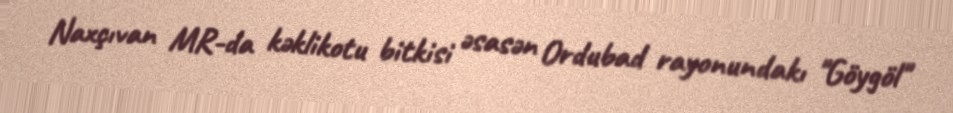
Naxçıvan MR-da kəklikotu bitkisi əsasən Ordubad rayonundakı "Göygöl"